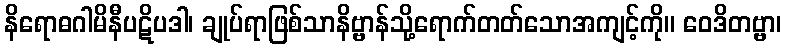
နိရောဓဂါမိနီပဋိပဒါ၊ ချုပ်ရာဖြစ်သာနိဗ္ဗာန်သို့ရောက်တတ်သောအကျင့်ကို။ ဝေဒိတဗ္ဗာ၊